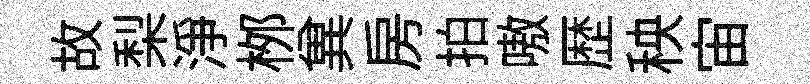
故梨浄桞兾房拍嗷歴秧宙